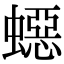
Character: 𧑕